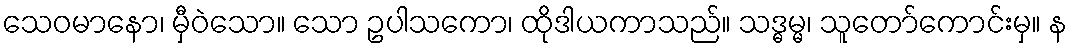
သေဝမာနော၊ မှီဝဲသော။ သော ဥပါသကော၊ ထိုဒါယကာသည်။ သဒ္ဓမ္မ၊ သူတော်ကောင်းမှ။ န